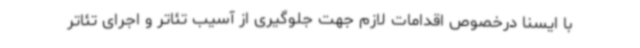
با ایسنا درخصوص اقدامات لازم جهت جلوگیری از آسیب تئاتر و اجرای تئاتر